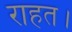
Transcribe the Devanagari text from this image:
राहत।